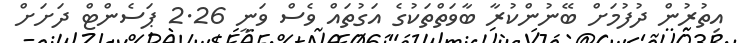
އިތުރުން ދުފުމަށް ބޭނުންކުރާ ބާވަތްތަކުގެ އަގުތައް ވެސް ވަނީ 2.26 ޕަސެންޓް ދަށަށް